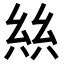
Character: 𢇃